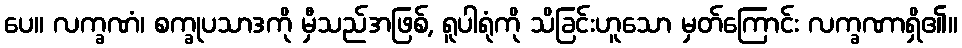
ပေ။ လက္ခဏံ၊ စက္ခုပသာဒကို မှီသည်အဖြစ်, ရူပါရုံကို သိခြင်းဟူသော မှတ်ကြောင်း လက္ခဏာရှိ၏။